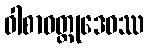
ဝါစာဝတ္ထုဒေဝဿ